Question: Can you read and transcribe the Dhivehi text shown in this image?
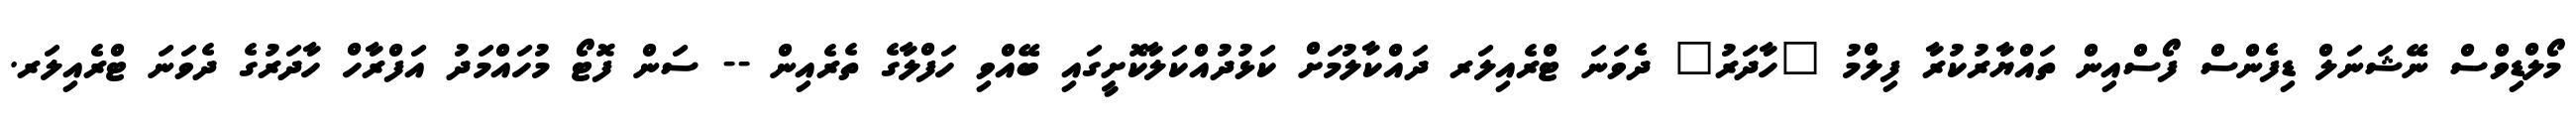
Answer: މޯލްޑިވްސް ނޭޝަނަލް ޑިފެންސް ފޯސްއިން ތައްޔާރުކުރާ ފިލްމު "ހާދަރު" ދެވަނަ ޓްރެއިލަރ ދައްކާލުމަށް ކަޅުދުއްކަލާކޮށީގައި ބޭއްވި ހަފްލާގެ ތެރެއިން -- ސަން ފޮޓޯ މުހައްމަދު އަފްރާހް ހާދަރުގެ ދެވަނަ ޓްރެއިލަރ.